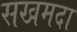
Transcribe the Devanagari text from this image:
सखमदा